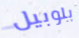
بلوبيل